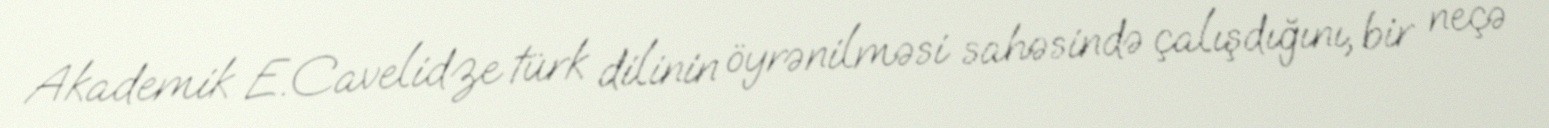
Akademik E.Cavelidze türk dilinin öyrənilməsi sahəsində çalışdığını, bir neçə